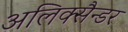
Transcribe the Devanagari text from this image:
अलिक्सैन्डर